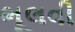
ભૂલવી